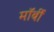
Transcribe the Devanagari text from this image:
मॉर्बी